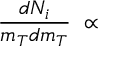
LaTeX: \frac { d N _ { i } } { m _ { T } d m _ { T } } ~ \propto ~